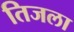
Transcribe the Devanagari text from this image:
तिजला